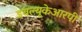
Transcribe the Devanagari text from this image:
डबल्यूकेआरपी